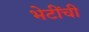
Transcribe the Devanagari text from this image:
भेटींची